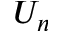
U _ { n }